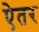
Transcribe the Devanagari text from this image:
ऐतर